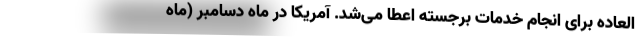
العاده برای انجام خدمات برجسته اعطا می‌شد. آمریکا در ماه دسامبر (ماه